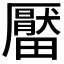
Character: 𤳪